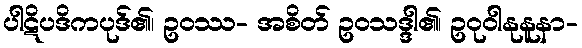
ပါဋိပဒိကပုဒ်၏၊ ဥဝဿ- အစိတ် ဥဝသဒ္ဒါ၏၊ ဥဝုဝါနုနူနာ-